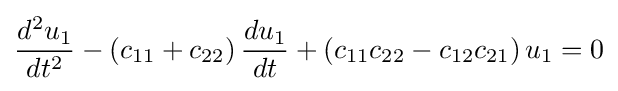
{\frac {d^{2}u_{1}}{dt^{2}}}-\left(c_{11}+c_{22}\right){\frac {du_{1}}{dt}}+\left(c_{11}c_{22}-c_{12}c_{21}\right)u_{1}=0